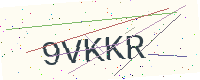
Text: 9VKKR